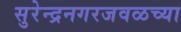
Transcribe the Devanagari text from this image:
सुरेन्द्रनगरजवळच्या